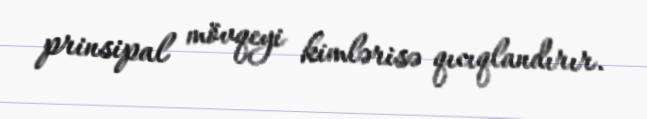
prinsipal mövqeyi kimlərisə qıcıqlandırır.